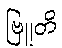
ဗြူတိ